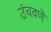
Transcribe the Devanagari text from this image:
उंचवणे